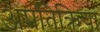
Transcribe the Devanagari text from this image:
अप्रतिक्रिया